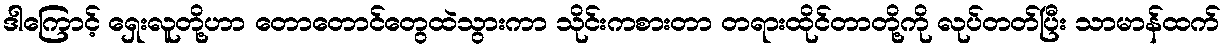
ဒါကြောင့် ရှေးလူတို့ဟာ တောတောင်တွေထဲသွားကာ သိုင်းကစားတာ တရားထိုင်တာတို့ကို လုပ်တတ်ပြီး သာမာန်ထက်